Report on the lunatic asylums under the Government of Bombay - 1904-1913
Year: 1904
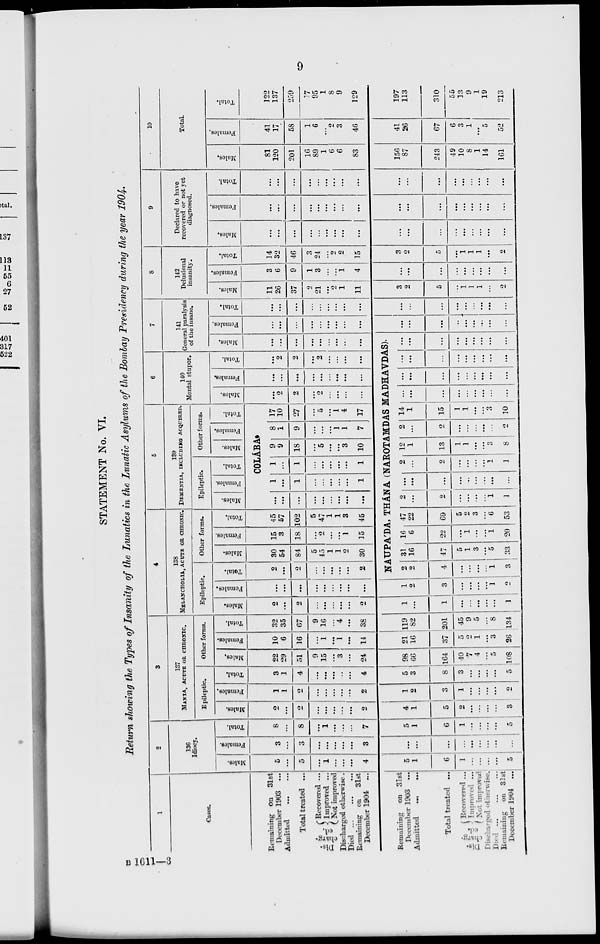
9
STATEMENT No. VI.
Return showing the Types of Insanity of the Lunatics in the Lunatic Asylums of the Bombay Presidency during the year 1904.
1
Cases.
Remaining On 31st
December 1903 ...
Admitted
...
Total treated ...
Dis-
charg-
ed.
'Recovered ...
J Improved ...
Not improved
Discharged otherwise.
Died ...
Remaining on 31st
December 1904
Remaining on 31st
December 1903 ...
Admitted
...
...
Total treated ...
Dis-
charg-
ed.
Recovered ...
Improved ...
Net improved.
Discharged otherwise.
Died
...
...
...
Remaining on 31st
December 1904
...
2
136
Idiocy.
Males.
5
...
5
...
1
...
...
. ..
4
5
1
6
1
...
...
...
...
5
Females.
3
...
3
...
. ..
. ..
...
. ..
3
...
...
...
...
...
...
...
...
...
Total.
8
...
8
...
1
. ..
...
...
7
5
1
6
1
...
...
...
...
5
3
137
MANIA, ACUTE OR CHRONIC.
Epileptic.
Males.
2
...
2
. ..
. ..
. ..
...
...
2
4
1
5
2 ...
...
...
...
3
Females.
1
1
2
...
...
...
...
...
2
1
2
3
1
...
...
...
...
2
Total.
3
1
4
...
...
...
...
...
4
5
3
8
3
...
...
...
...
5
Other forms.
Males.
22
29
51
9
15
...
3
...
24
98
66
164
40
7
4
...
5
108
Females.
10
6
16
...
1
...
1
...
14
21
16
37
5
2
1
...
3
26
Total.
32
35
67
9
16
...
4
. ..
38
119
82
201
45
9
5
...
8
134
4
138
MELANCHOLIA, ACUTE OR CHRONIC.
Epileptic.
Males.
2
...
2
...
...
...
...
...
2
1
...
1
...
...
...
...
...
1
Females.
...
. ..
. ..
. ..
. ..
. . .
...
. ..
. ..
1
2
3
...
...
...
...
1
2
Total.
2
...
2
...
...
...
...
2
Other forms.
Males.
30
54
84
5
45
1
1
2
30
Females.
15
3
18
...
2
...
...
1
15
Total.
45
57
102
5
47
1
1
3
45
5
139
DEMENTIA, INCLUDING ACQUIRED.
Epileptic.
Males.
Females.
Total.
Other forms.
Males.
Females.
Total.
COLA'BA.
. ..
. ..
...
...
...
...
...
...
...
1
...
1
...
...
...
...
...
1
1
...
1
...
...
...
...
...
1
9
9
18
...
5
...
...
3
10
8
1
9
...
...
. ..
1
1
7
17
10
27
...
5
...
1
4
17
6
140
Mental stupor.
Males.
...
2
2
...
2
...
...
. . .
...
Females.
...
...
...
...
...
...
...
...
...
Total.
...
2
2
. . .
2
. ..
...
...
. ..
7
141
General paralysis
of the insane.
Males.
...
...
. ..
...
. ..
. . .
...
..
. ..
NAUPA'DA, THA'NA (NAROTAMDAS MADHAVDAS).
2
2
4
...
...
...
1
3
31
16
47
5
1
3
. . .
5
33
16
6
22
...
1
...
...
1
20
47 1
22
69
5
2
3
...
6
53
2
. . .
2
...
...
...
...
1
1
...
...
...
...
...
...
...
...
...
2
...
2
...
...
...
...
1
1
12
1
13
1
1
...
...
3
8
2
...
2
...
...
...
...
...
2
14
1
15
1
1
...
...
3
10
...
...
...
...
...
...
. . .
. . .
...
...
...
...
...
...
....
...
...
...
. ..
. ..
...
. . .
. . .
. ..
. ..
. . .
...
. ..
. . .
...
...
...
...
...
...
...
Females.
...
...
...
. ..
...
. ..
...
...
. ..
...
...
...
...
...
...
...
...
Total.
. ..
. ..
...
...
. . .
. . .
...
...
. ..
. ..
...
...
...
...
...
...
. ..
...
8
142
Delusional
insanity.
Males.
11
26
37
2
21
. ..
2
1
11
3
2
5
...
1
1
1
. . .
2
Females.
3
6
9
1
3
...
...
1
4
...
. ..
. ..
...
. ..
. ..
. . .
...
...
Total.
14
32
46
3
24
...
2
2
15
3
2
5
...
1
1
1
...
2
9
Declared to have
recovered or not yet
diagnosed.
Males.
. ..
. ..
. ..
...
...
...
...
...
...
...
. ..
. ..
...
. ..
. . .
. . .
. ..
...
Females.
...
...
...
...
...
...
...
...
...
...
...
...
...
...
...
...
...
...
Total.
. ..
...
...
...
...
. ..
...
. ..
. ..
. . .
...
...
. ..
. ..
...
. . .
. . .
. ..
10
Total.
Males.
81
120
201
16
89
1
6
6
83
156
87
243
49
10
8
1
14
161
Females.
41
17
58
1
6
...
2
3
46
41
26
67
6
3
1
. ..
5
52
Total.
122
137
259
17
95
1
8
9
129
197
113
310
55
13
9
1
19
213
B 1611—3